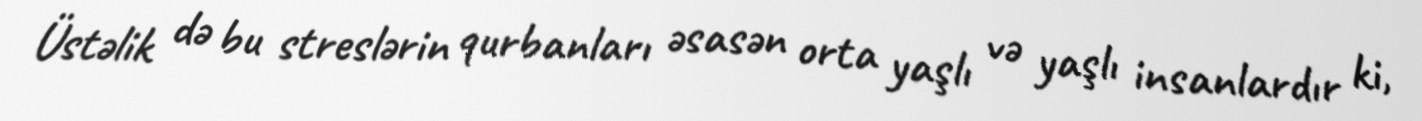
Üstəlik də bu streslərin qurbanları əsasən orta yaşlı və yaşlı insanlardır ki,